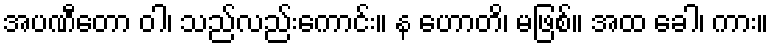
အပဏီတော ဝါ၊ သည်လည်းကောင်း။ န ဟောတိ၊ မဖြစ်။ အထ ခေါ၊ ကား။